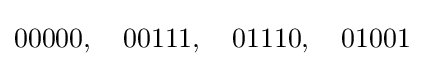
00000,\quad 00111,\quad 01110,\quad 01001